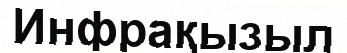
Инфрақызыл